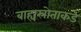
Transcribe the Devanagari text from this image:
बाह्यस्रोताकडे